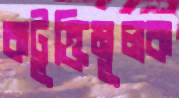
কটূক্তিমূলক